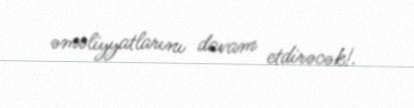
əməliyyatlarını davam etdirəcək!.